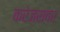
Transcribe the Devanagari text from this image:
करेजसवर